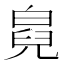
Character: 𤾇